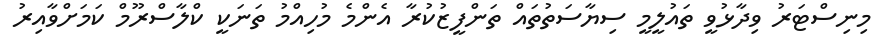
މިނިސްޓަރު ވިދާޅުވީ ތައުލީމީ ސިޔާސަތުތައް ތަންފީޒުކުރާ އެންމެ މުހިއްމު ތަނަކީ ކްލާސްރޫމް ކަމަށްވާއިރު